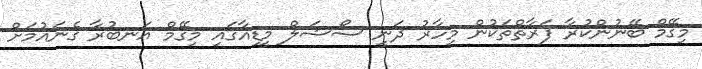
މިގޭމް ބޭނުންކުރާ ފަރާތްތަކުން މިހާރު ދަނީ ސޯޝަލް މީޑިއާގައި މިގޭމް އަނބުރާ ގެނައުމަށް